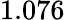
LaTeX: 1.076